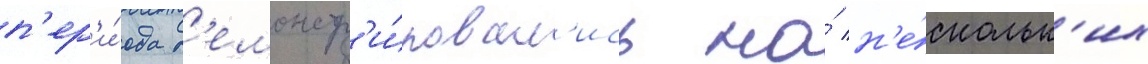
п'ер'и́ода д'емонстр'и́ровал'ись на́ н'е́скольк'их